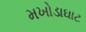
મખોડાઘાટ